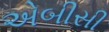
એબીસી